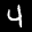
Label: 4